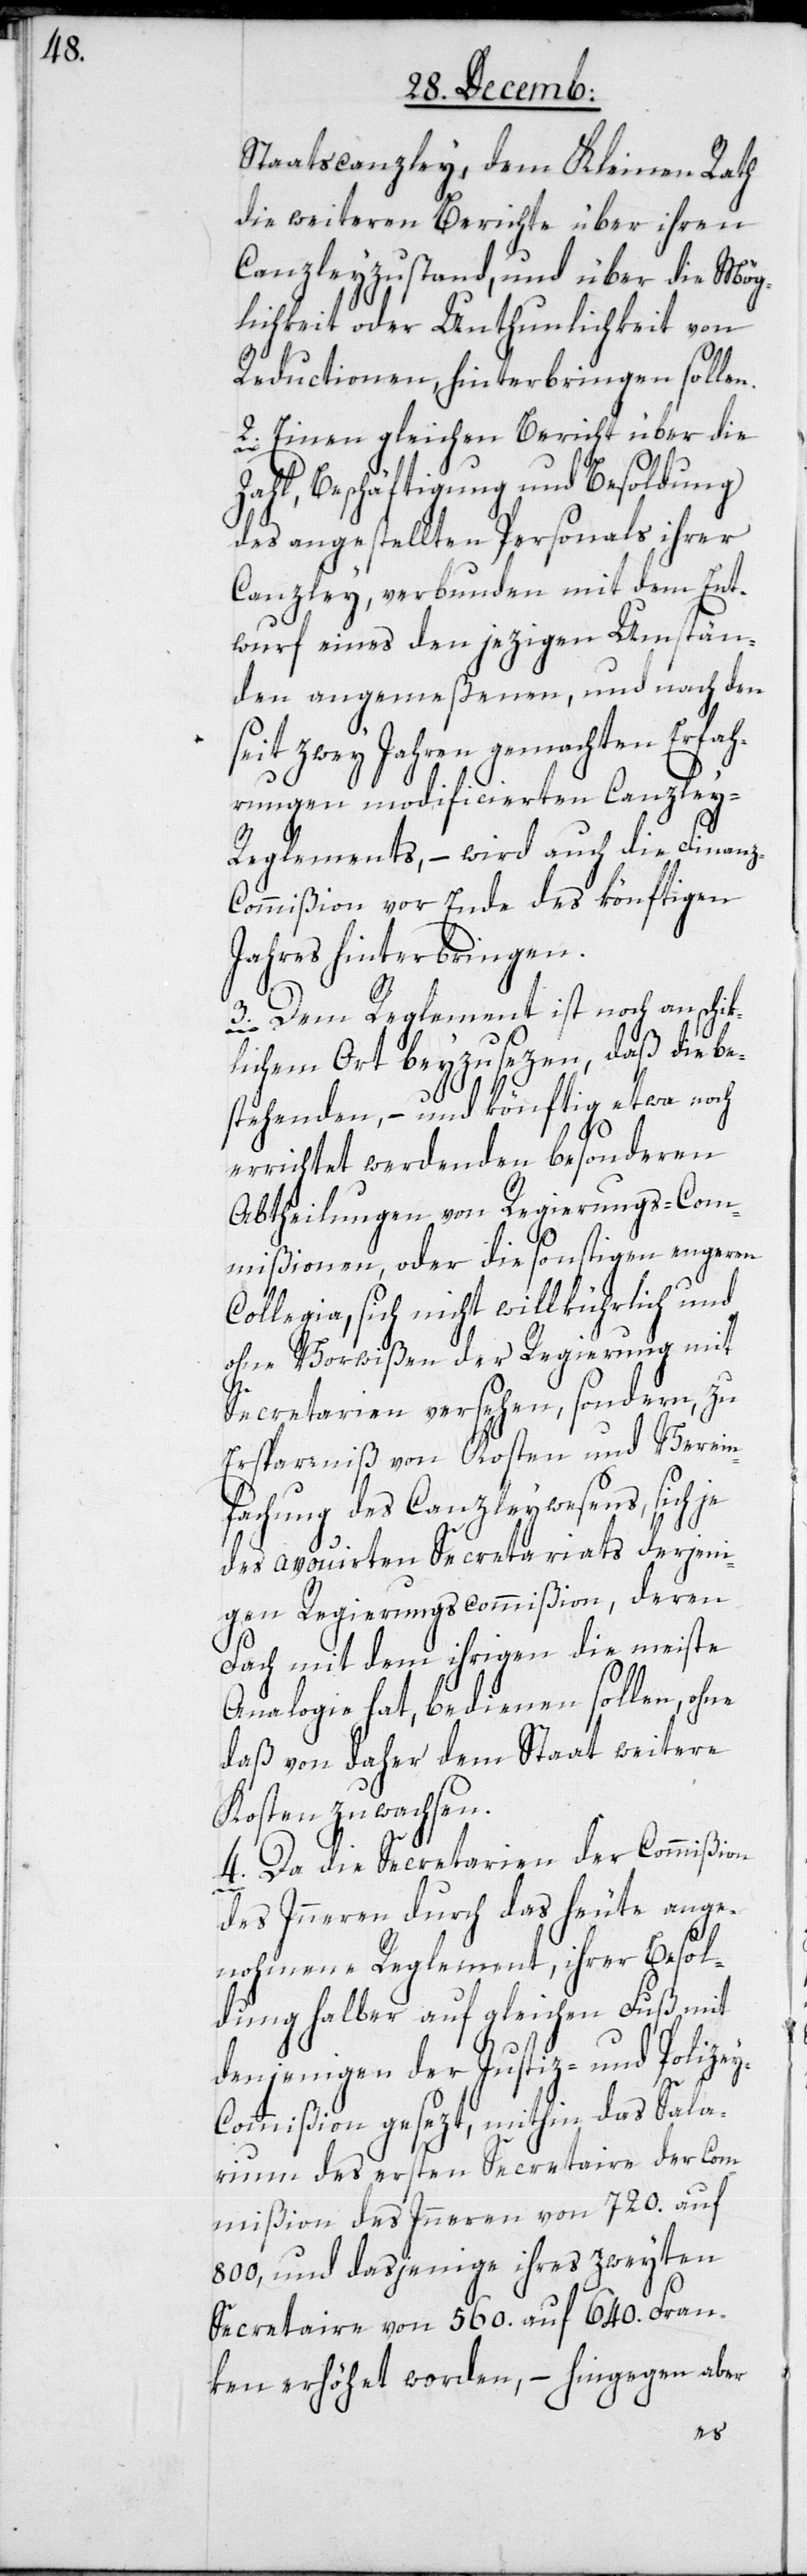
Staatscanzley, dem Kleinen Rath
die weitern Berichte über ihren
Canzleyzustand, und über die Mög¬
lichkeit oder Unthunlichkeit von
Reductionen hinterbringen sollen.
2. Einen gleichen Bericht über die
Zahl, Beschäftigung und Besoldung
des angestellten Personals ihrer
Canzley, verbunden mit dem Ent¬
wurf eines den jezigen Umstän¬
den angemeßenen, und nach den
seit zwey Jahren gemachten Erfah¬
rungen modificierten Canzley-R¬
eglements, – wird auch die Finan¬
z-Commißion vor Ende des könftigen
Jahres hinterbringen.
3. Dem Reglement ist noch an schik¬
lichem Ort beyzusetzen, daß die be¬
stehenden, – und könftig etwa noch
errichtet werdenden besonderen
Abtheilungen von Regierungscomm¬
Collegia, sich nicht willkührlich und
ohne Vorwißen der Regierung mit
Secretarien versehen, sondern zu
Ersparniß von Kosten und Verein¬
fachung des Canzleywesens, sich je
des avouierten Secretariats derjeni¬
gen Regierungscommißion, deren
Fach mit dem ihrigen die meiste
Analogie hat, bedienen sollen, ohne
daß von daher dem Staat weitere
Kosten zuwachsen.
4. Da die Secretarien der Commißion
des Inneren durch das heute ange¬
nohmene Reglement, ihrer Besol¬
dung halber auf gleichen Fuß mit
denjenigen der Justiz- und Polize¬
y-Commißion gesezt, mithin das Sala¬
rium des ersten Secretaire der Com¬
mißion des Inneren von 720. auf
800, und dasjenige ihres zweyten
Secretaire von 560. auf 640. Fran¬
ken erhöhet worden, – hingegen aber
nen,